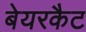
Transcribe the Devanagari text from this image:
बेयरकैट